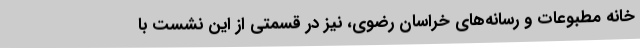
خانه مطبوعات و رسانه‌های خراسان رضوی، نیز در قسمتی از این نشست با